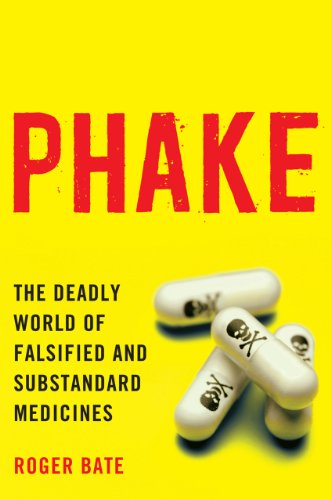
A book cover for Phake: The Deadly World of Falsified and Substandard Medicines; Roger Bate; Business & Money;